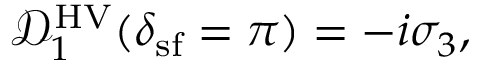
\begin{array} { r } { \mathcal { D } _ { 1 } ^ { \mathrm { H V } } ( \delta _ { \mathrm { s f } } = \pi ) = - i \sigma _ { 3 } , } \end{array}